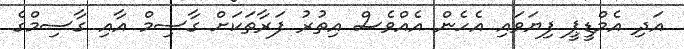
އަދި އެމްޑީޕީ ފިޔަވައި އެހެން އެއްވެސް އިތުރު ފަރާތަކަށް ގާސިމް އާއި ގާސިމްގެ